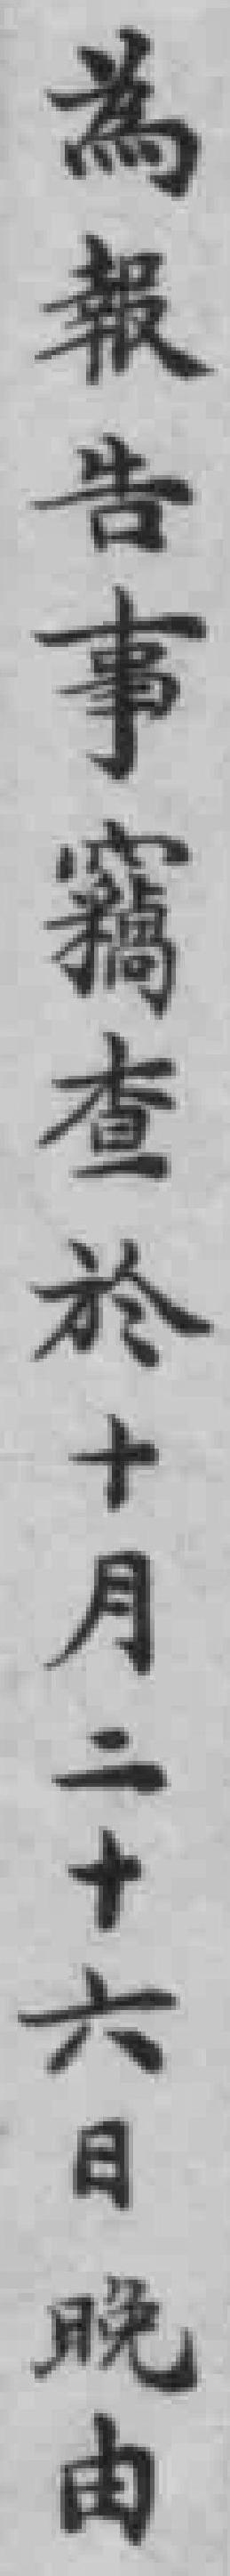
為報告事竊查於十月二十六日晚由